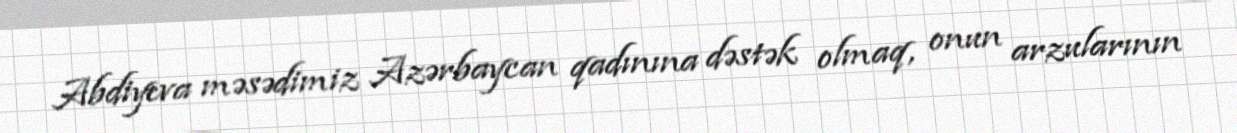
Abdiyeva məsədimiz Azərbaycan qadınına dəstək olmaq, onun arzularının